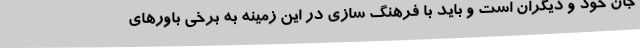
جان خود و دیگران است و باید با فرهنگ سازی در این زمینه به برخی باورهای